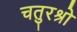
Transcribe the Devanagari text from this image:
चतुरश्रो